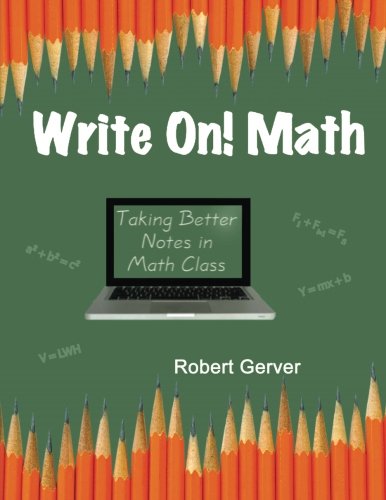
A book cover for Write On! Math: Taking Better Notes in Math Class; Robert Gerver; Science & Math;